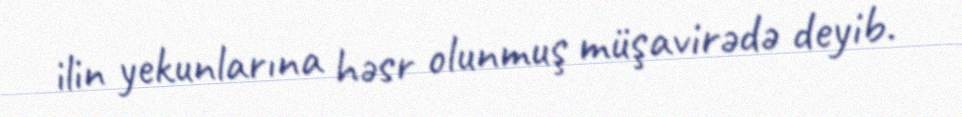
ilin yekunlarına həsr olunmuş müşavirədə deyib.